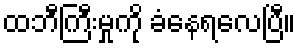
ထဘီကြီးမှုကို ခံနေရလေပြီ။